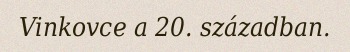
Vinkovce a 20. században.